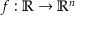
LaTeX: f : \mathbb { R } \to \mathbb { R } ^ { n }